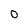
Character: o